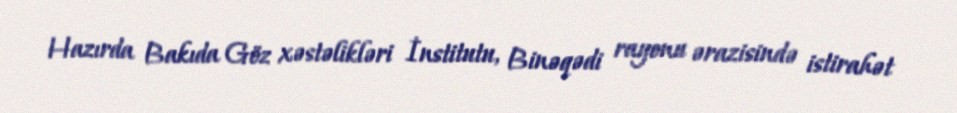
Hazırda Bakıda Göz xəstəlikləri İnstitutu, Binəqədi rayonu ərazisində istirahət